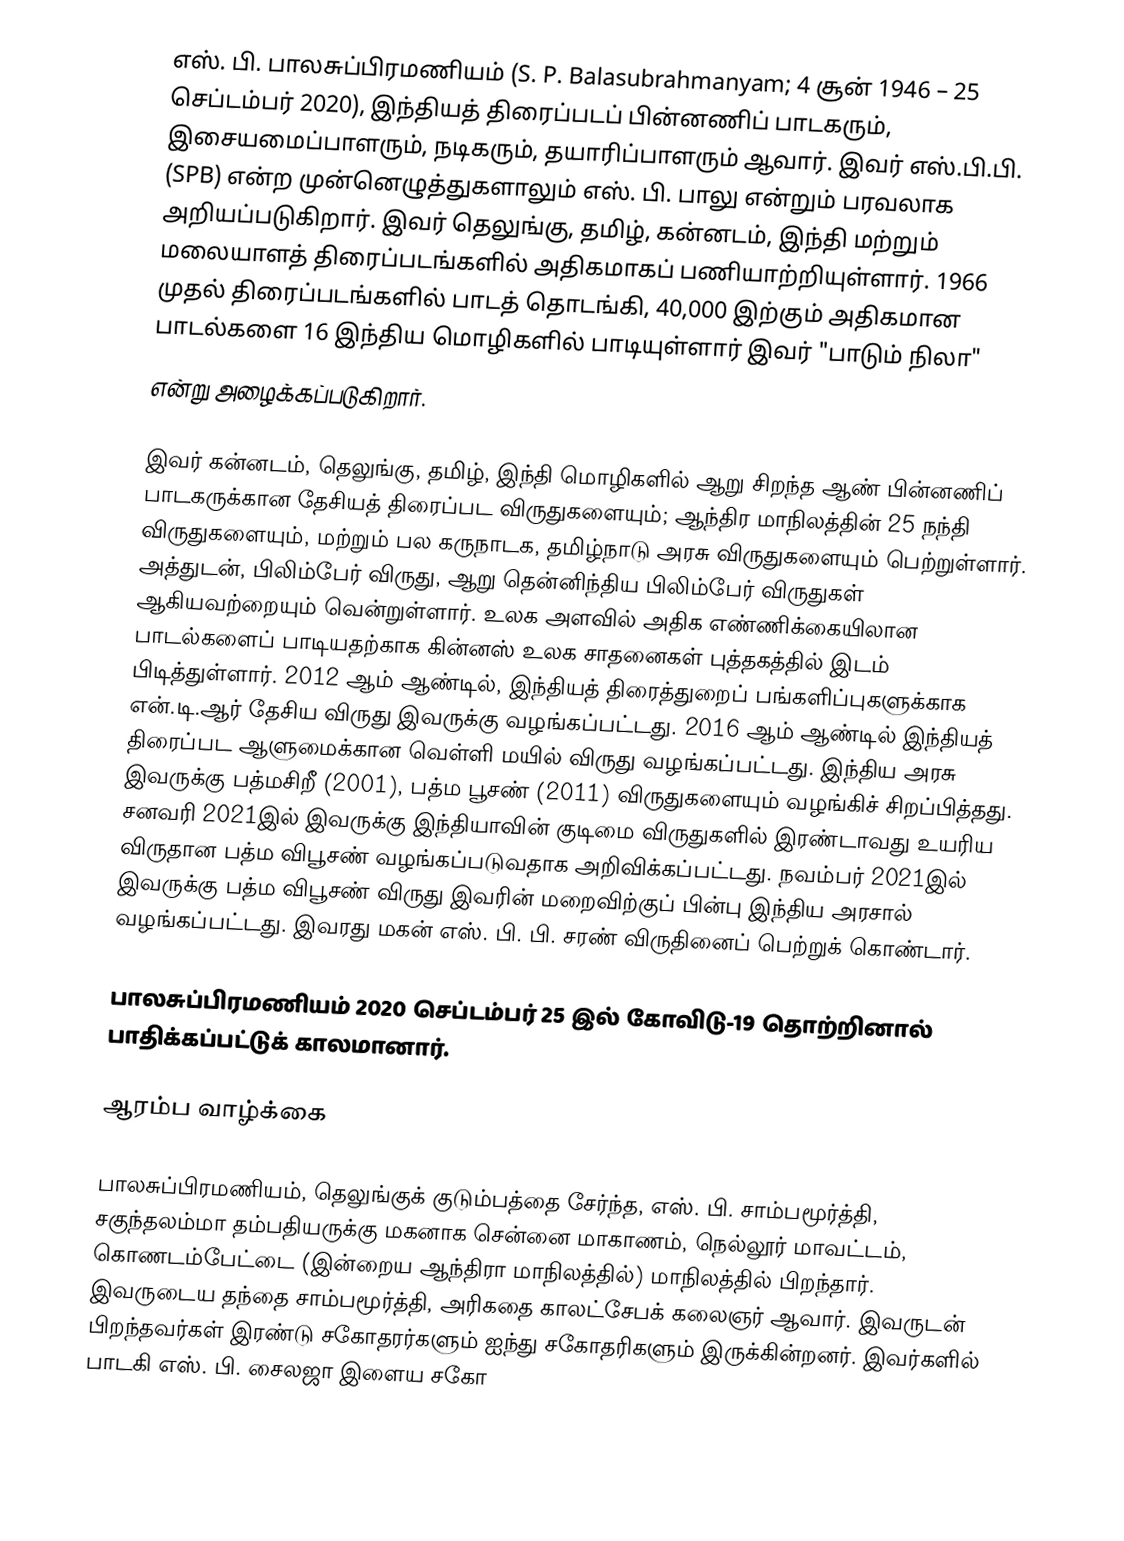
எஸ். பி. பாலசுப்பிரமணியம் (S. P. Balasubrahmanyam; 4 சூன் 1946 – 25 செப்டம்பர் 2020), இந்தியத் திரைப்படப் பின்னணிப் பாடகரும், இசையமைப்பாளரும், நடிகரும், தயாரிப்பாளரும் ஆவார். இவர் எஸ்.பி.பி. (SPB) என்ற முன்னெழுத்துகளாலும் எஸ். பி. பாலு  என்றும் பரவலாக அறியப்படுகிறார். இவர் தெலுங்கு, தமிழ், கன்னடம், இந்தி மற்றும் மலையாளத் திரைப்படங்களில் அதிகமாகப் பணியாற்றியுள்ளார். 1966 முதல் திரைப்படங்களில் பாடத் தொடங்கி, 40,000 இற்கும் அதிகமான பாடல்களை 16 இந்திய மொழிகளில் பாடியுள்ளார்  இவர் "பாடும் நிலா"
என்று  அழைக்கப்படுகிறார்.

இவர் கன்னடம், தெலுங்கு, தமிழ், இந்தி மொழிகளில் ஆறு சிறந்த ஆண் பின்னணிப் பாடகருக்கான தேசியத் திரைப்பட விருதுகளையும்; ஆந்திர மாநிலத்தின் 25 நந்தி விருதுகளையும், மற்றும் பல கருநாடக, தமிழ்நாடு அரசு விருதுகளையும் பெற்றுள்ளார். அத்துடன், பிலிம்பேர் விருது, ஆறு தென்னிந்திய பிலிம்பேர் விருதுகள் ஆகியவற்றையும் வென்றுள்ளார். உலக அளவில் அதிக எண்ணிக்கையிலான பாடல்களைப் பாடியதற்காக கின்னஸ் உலக சாதனைகள் புத்தகத்தில் இடம் பிடித்துள்ளார். 2012 ஆம் ஆண்டில், இந்தியத் திரைத்துறைப் பங்களிப்புகளுக்காக என்.டி.ஆர் தேசிய விருது இவருக்கு வழங்கப்பட்டது. 2016 ஆம் ஆண்டில் இந்தியத் திரைப்பட ஆளுமைக்கான வெள்ளி மயில் விருது வழங்கப்பட்டது. இந்திய அரசு இவருக்கு பத்மசிறீ (2001), பத்ம பூசண் (2011) விருதுகளையும் வழங்கிச் சிறப்பித்தது. சனவரி 2021இல் இவருக்கு இந்தியாவின் குடிமை விருதுகளில் இரண்டாவது உயரிய விருதான பத்ம விபூசண் வழங்கப்படுவதாக அறிவிக்கப்பட்டது. நவம்பர் 2021இல் இவருக்கு பத்ம விபூசண் விருது இவரின் மறைவிற்குப் பின்பு இந்திய அரசால் வழங்கப்பட்டது. இவரது மகன் எஸ். பி. பி. சரண் விருதினைப் பெற்றுக் கொண்டார்.

பாலசுப்பிரமணியம் 2020 செப்டம்பர் 25 இல் கோவிடு-19 தொற்றினால் பாதிக்கப்பட்டுக் காலமானார்.

ஆரம்ப வாழ்க்கை

பாலசுப்பிரமணியம், தெலுங்குக் குடும்பத்தை சேர்ந்த, எஸ். பி. சாம்பமூர்த்தி, சகுந்தலம்மா தம்பதியருக்கு மகனாக சென்னை மாகாணம், நெல்லூர் மாவட்டம்,  கொணடம்பேட்டை (இன்றைய ஆந்திரா மாநிலத்தில்) மாநிலத்தில் பிறந்தார். இவருடைய தந்தை சாம்பமூர்த்தி, அரிகதை காலட்சேபக் கலைஞர் ஆவார். இவருடன் பிறந்தவர்கள் இரண்டு சகோதரர்களும் ஐந்து சகோதரிகளும் இருக்கின்றனர். இவர்களில் பாடகி எஸ். பி. சைலஜா இளைய சகோ